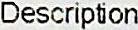
DESCRIPTION